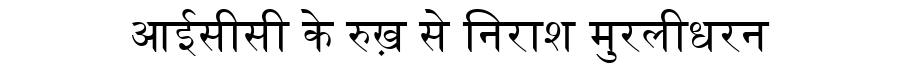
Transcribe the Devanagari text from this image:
आईसीसी के रुख़ से निराश मुरलीधरन